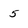
Character: 5